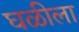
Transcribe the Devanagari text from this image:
घळीला